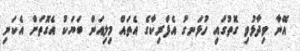
އޭނާ ވިދާޅުވި ގޮތުގައި ހުޅަނގު އެފްރިކާގެ އެތައް މިލިއަން ބަޔަކު އެގޮތަށް އެކަނި